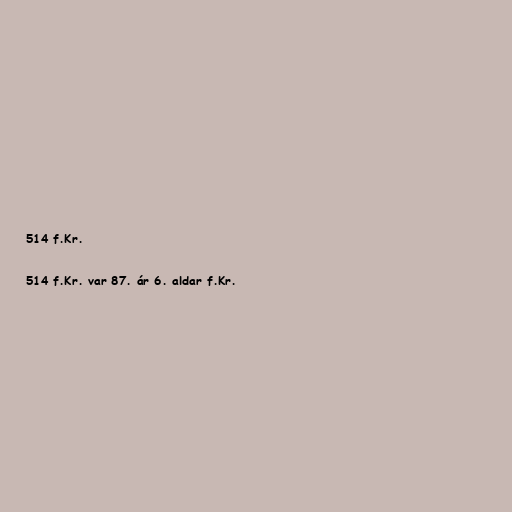
514 f.Kr.

514 f.Kr. var 87. ár 6. aldar f.Kr.